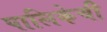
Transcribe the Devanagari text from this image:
पालिकेची